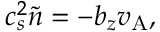
c _ { s } ^ { 2 } \tilde { n } = - b _ { z } v _ { \mathrm { A } } ,